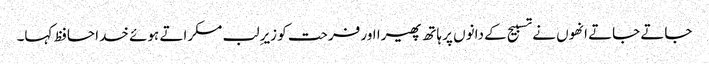
جاتے جاتے انھوں نے تسبیح کے دانوں پر ہاتھ پھیرا اور فرحت کو زیرِ لب مسکراتے ہوئے خدا حافظ کہا۔